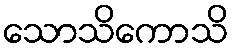
သောသိကောသိ